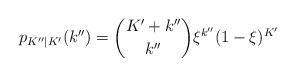
LaTeX: \begin{align*}p_{K''|K'}(k'')=\binom{K'+k''}{k''}\xi^{k''}(1-\xi)^{K'} \end{align*}